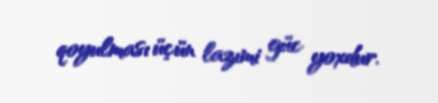
qoyulması üçün lazımi güc yoxdur.